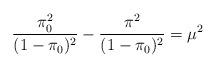
LaTeX: \begin{align*} \frac{\pi_0^2}{(1- \pi_0)^2}-\frac{\pi^2}{(1-\pi_0)^2}=\mu^2\end{align*}